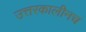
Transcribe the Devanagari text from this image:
उत्तरकालीनच